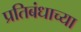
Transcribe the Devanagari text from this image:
प्रतिबंधाच्या